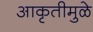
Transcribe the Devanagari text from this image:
आकृतीमुळे